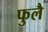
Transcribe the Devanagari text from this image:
फुलै